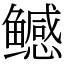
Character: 鳡